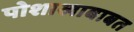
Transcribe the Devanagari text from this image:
पोशाखाबाबत